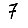
Digit: 7